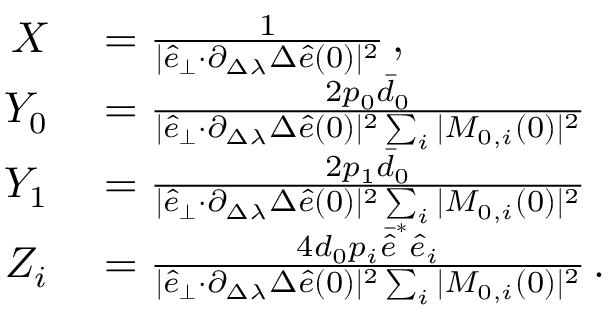
\begin{array} { r l } { X } & { { } = \frac { 1 } { \vert \hat { e } _ { \perp } { \cdot } \partial _ { \Delta \lambda } \Delta \hat { e } ( 0 ) \vert ^ { 2 } } \, , } \\ { Y _ { 0 } } & { { } = \frac { 2 p _ { 0 } \bar { d } _ { 0 } } { \vert \hat { e } _ { \perp } { \cdot } \partial _ { \Delta \lambda } \Delta \hat { e } ( 0 ) \vert ^ { 2 } \sum _ { i } \vert M _ { 0 , i } ( 0 ) \vert ^ { 2 } } } \\ { Y _ { 1 } } & { { } = \frac { 2 p _ { 1 } \bar { d } _ { 0 } } { \vert \hat { e } _ { \perp } { \cdot } \partial _ { \Delta \lambda } \Delta \hat { e } ( 0 ) \vert ^ { 2 } \sum _ { i } \vert M _ { 0 , i } ( 0 ) \vert ^ { 2 } } } \\ { Z _ { i } } & { { } = \frac { 4 d _ { 0 } p _ { i } \bar { \hat { e } } ^ { * } \hat { e } _ { i } } { \vert \hat { e } _ { \perp } { \cdot } \partial _ { \Delta \lambda } \Delta \hat { e } ( 0 ) \vert ^ { 2 } \sum _ { i } \vert M _ { 0 , i } ( 0 ) \vert ^ { 2 } } \, . } \end{array}